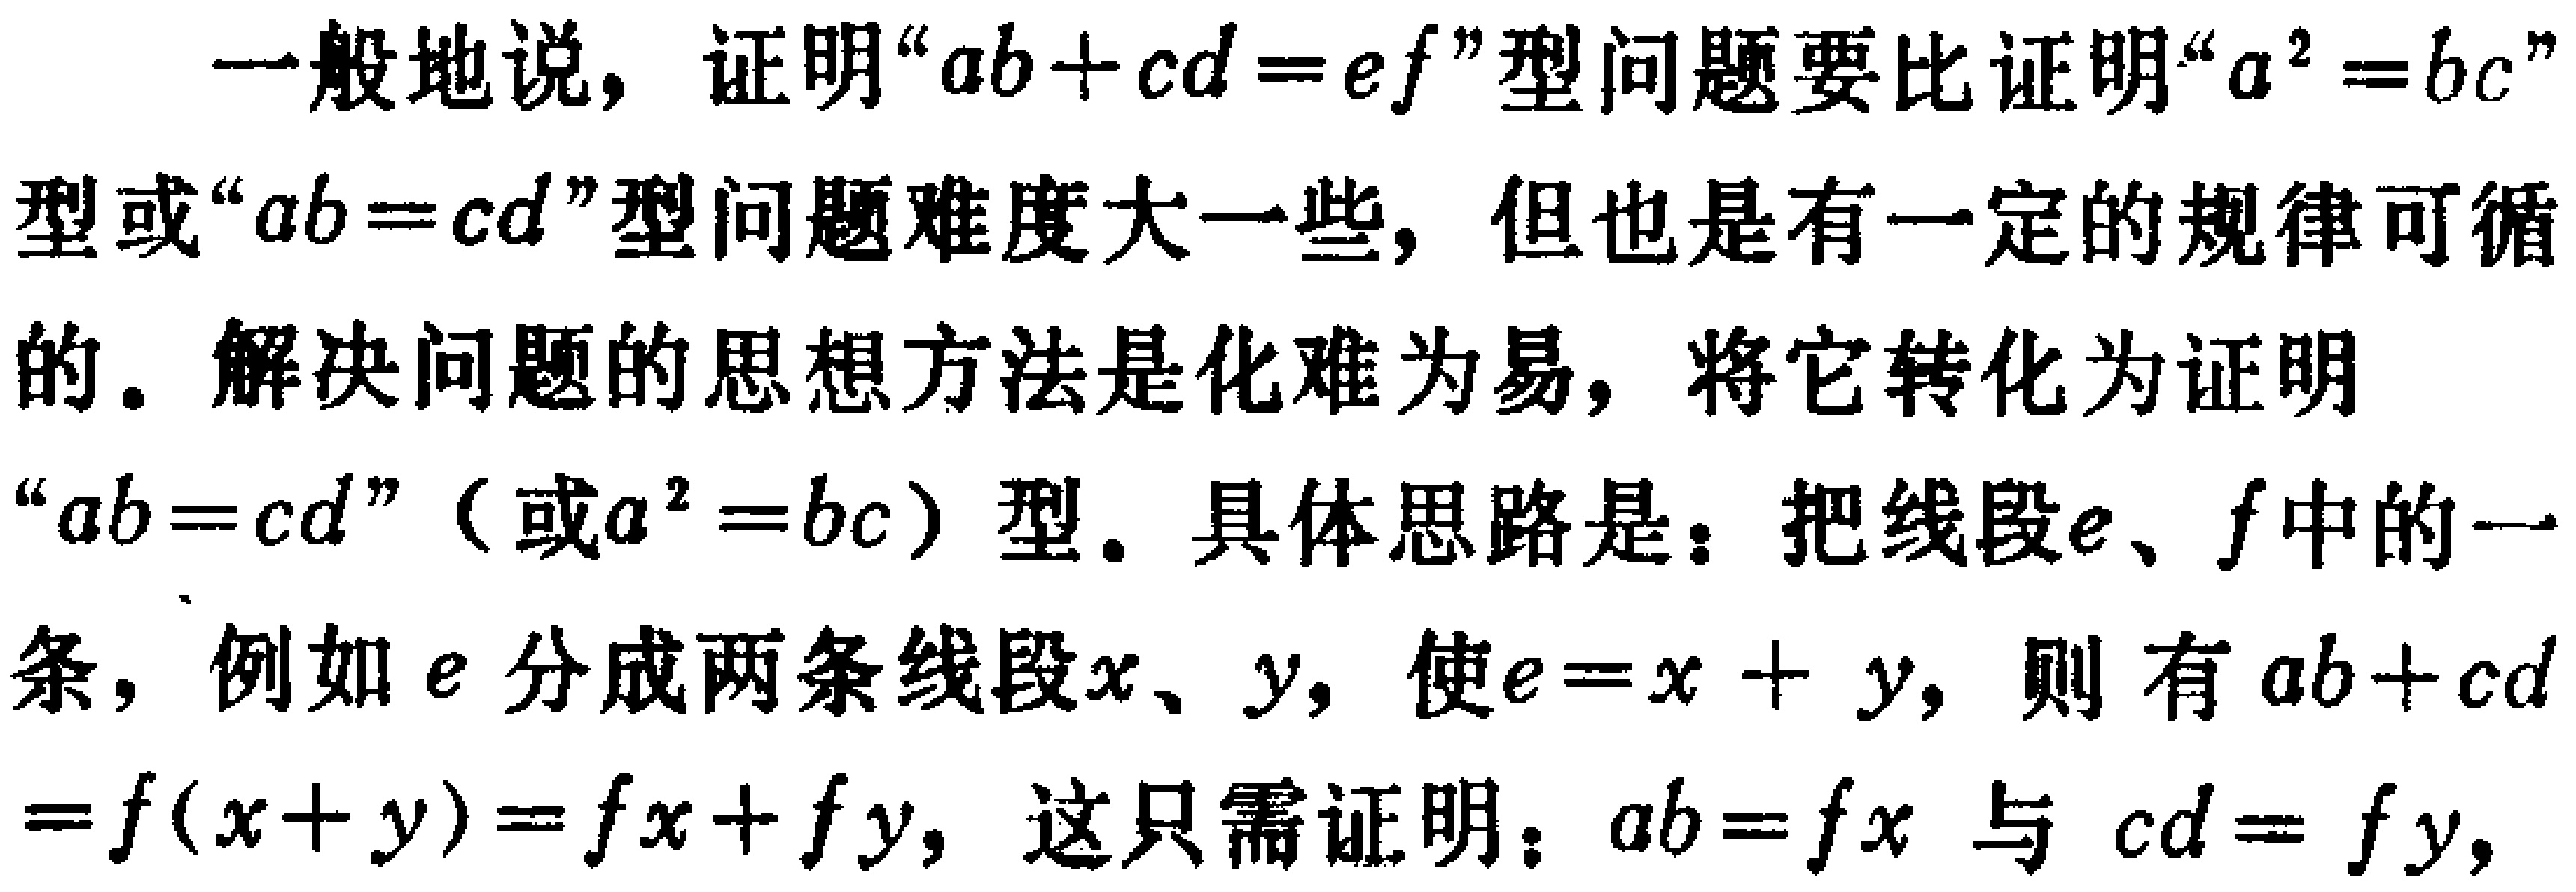
一般地说，证明“\(ab + cd = ef\)”型问题要比证明“\(a^{2}=bc\)”型或“\(ab = cd\)”型问题难度大一些，但也是有一定的规律可循的。解决问题的思想方法是化难为易，将它转化为证明“\(ab = cd\)”（或\(a^{2}=bc\)）型。具体思路是：把线段\(e\)、\(f\)中的一条，例如\(e\)分成两条线段\(x\)、\(y\)，使\(e = x + y\)，则有\(ab + cd=f(x + y)=fx+fy\)，这只需证明：\(ab = fx\)与\(cd = fy\)，